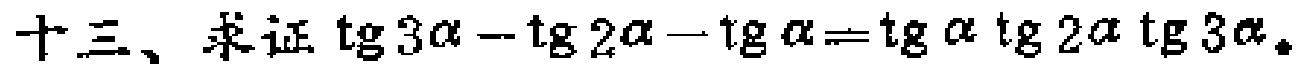
十三、求证$\mathrm{tg}3\alpha - \mathrm{tg}2\alpha - \mathrm{tg}\alpha = \mathrm{tg}\alpha\mathrm{tg}2\alpha\mathrm{tg}3\alpha$。